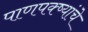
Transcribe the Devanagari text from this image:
पाणपक्ष्यांचे